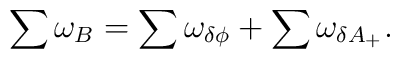
\sum \omega_{B} = \sum\omega_{\delta \phi} +\sum\omega_{\delta A_+}.